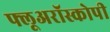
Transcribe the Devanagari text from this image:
फ्लूअरॉस्कोपी